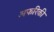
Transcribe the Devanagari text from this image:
अफरिकी